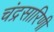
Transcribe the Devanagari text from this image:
चंद्रसारिणी